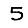
Digit: 5